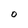
Character: O